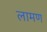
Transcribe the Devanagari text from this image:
लामण